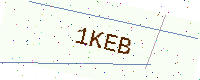
Text: 1KEB